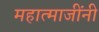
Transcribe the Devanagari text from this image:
महात्माजींनी